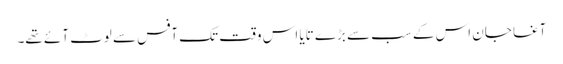
آغا جان اس کے سب سے بڑے تایا اس وقت تک آفس سے لوٹ آئے تھے۔